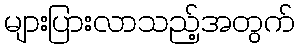
များပြားလာသည့်အတွက်